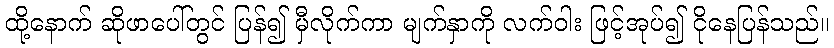
ထို့နောက် ဆိုဖာပေါ်တွင် ပြန်၍ မှီလိုက်ကာ မျက်နှာကို လက်ဝါး ဖြင့်အုပ်၍ ငိုနေပြန်သည်။